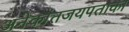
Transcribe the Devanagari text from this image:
अनेकांतजयपताका